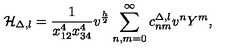
{ \cal H } _ { \Delta , l } = \frac { 1 } { x _ { 1 2 } ^ { 4 } x _ { 3 4 } ^ { 4 } } v ^ { \frac { h } { 2 } } \sum _ { n , m = 0 } ^ { \infty } c _ { n m } ^ { \Delta , l } v ^ { n } Y ^ { m } ,